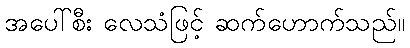
အပေါ်စီး လေသံဖြင့် ဆက်ဟောက်သည်။